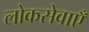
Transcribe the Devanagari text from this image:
लोकसेवाएँ